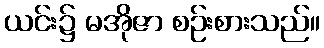
ယင်း၌ မအိုဇာ စဉ်းစားသည်။